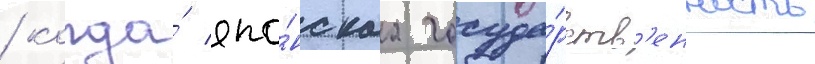
/ когда́ япо́нскаа госуда́рств'енность